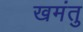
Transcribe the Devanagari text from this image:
खमंतु